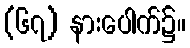
(၆၇) နားပေါက်၌။